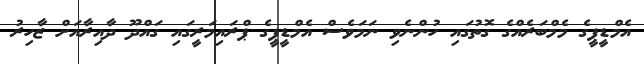
އެމްޑީޕީގެ މެމްބަރެއްގެ ގޮތުގައި ހުންނެވި ނަމަވެސް އެމްޑީޕީގެ ޕްރައިމަރީގައި ގައްދޫ ދާއިރާއަށް ޒާހިރު